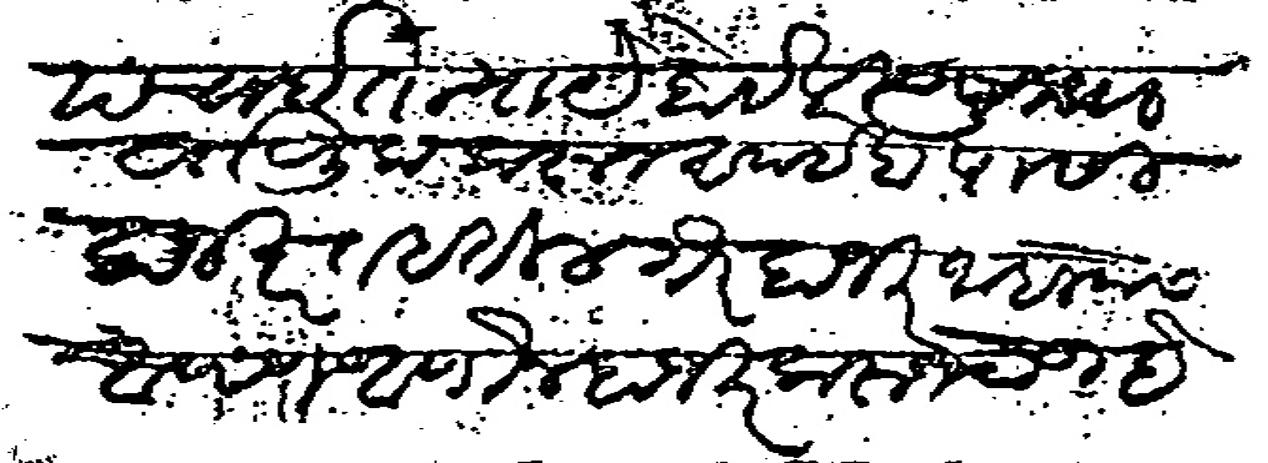
Transliteration (Devanagari): पंचाईत न्याये होईल त्याच प्राा वर्तणुक करून साईबा पासी हाजीर राहतील गैर हाजिर जाहल्यास आपण आणून हाजिर करून देऊ हे